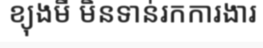
ខ្យុងមី មិនទាន់រកការងារ